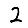
Digit: 2